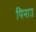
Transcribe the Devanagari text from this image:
पिनाउ